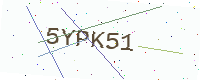
Text: 5YPK51